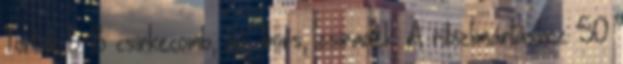
Torták 6-8 csirkecomb, só, bors, zsiradék. A ribizlimártáshoz: 50